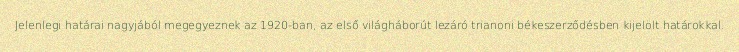
Jelenlegi határai nagyjából megegyeznek az 1920-ban, az első világháborút lezáró trianoni békeszerződésben kijelölt határokkal.